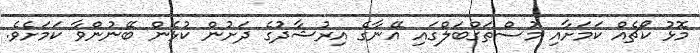
މޮޅު ކޯޗެއް ކަމަށާއި މުސްތަގްބަލްގައި އޭނާގެ އިރުޝާދުގެ ދަށުން ކުޅެން ބޭނުންވާ ކަމަށެވެ.